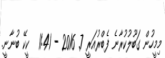
މިމީހުން ގަބޫލުކުރާނެ ފެބްރުއަރީ 7